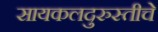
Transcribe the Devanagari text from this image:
सायकलदुरुस्तीचे